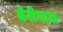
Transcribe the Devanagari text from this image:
बेरीगाज